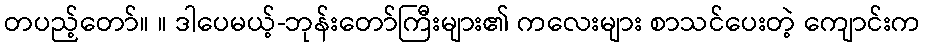
တပည့်တော်။ ။ ဒါပေမယ့်-ဘုန်းတော်ကြီးများ၏ ကလေးများ စာသင်ပေးတဲ့ ကျောင်းက